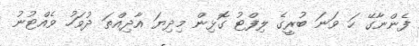
ފެންނާގޭ ހަ ވަނަ ބުރީގެ ލިފްޓު ގޮޅިން މިދިޔަ އާދިއްތަ ދުވަހު ވެއްޓުނު